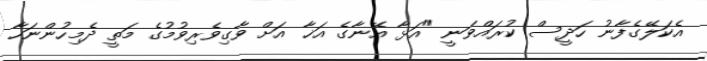
އެކަލޭގެފާނު ހަދީސް ކުރައްވަނީ "އަޅާ އޭނާގެ އަޚާ އަށް ވާގިވެރިވުމުގެ މަތީ ދެމިހުންނަހާ